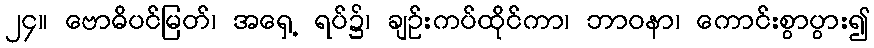
၂၄။ ဗောဓိပင်မြတ်၊ အရှေ့ ရပ်၌၊ ချဉ်းကပ်ထိုင်ကာ၊ ဘာဝနာ၊ ကောင်းစွာပွား၍